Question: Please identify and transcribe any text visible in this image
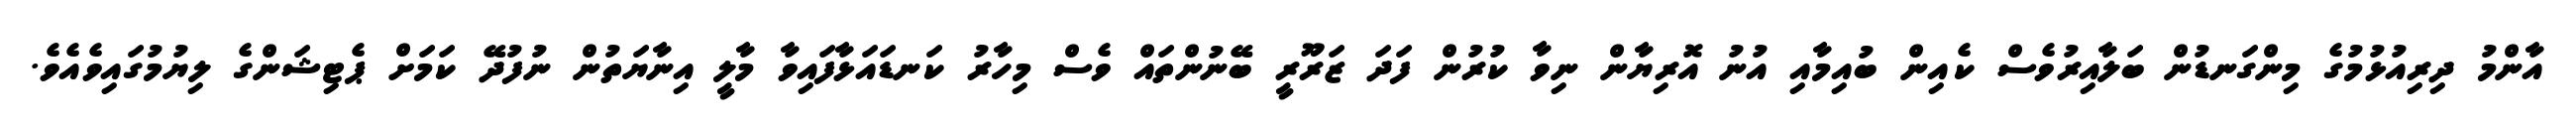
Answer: އާންމު ދިރިއުޅުމުގެ މިންގަނޑުން ބަލާއިރުވެސް ކެއިން ބުއިމާއި އުނު އޮރިޔާން ނިވާ ކުރުން ފަދަ ޒަރޫރީ ބޭނުންތައް ވެސް މިހާރު ކަނޑައަޅާފައިވާ މާލީ އިނާޔަތުން ނުފުދޭ ކަމަށް ޕެޓިޝަންގެ ލިޔުމުގައިވެއެވެ.